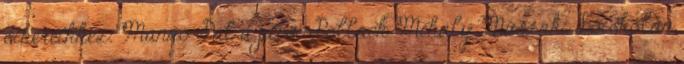
sikereikhez. Mannó Pál a pécsi Pollack Mihály Mûszaki Fôiskolán